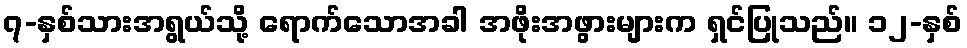
၇-နှစ်သားအရွယ်သို့ ရောက်သောအခါ အဖိုးအဖွားများက ရှင်ပြုသည်။ ၁၂-နှစ်